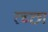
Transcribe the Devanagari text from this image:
रच्छा